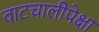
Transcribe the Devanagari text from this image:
वाटचालीपेक्षा